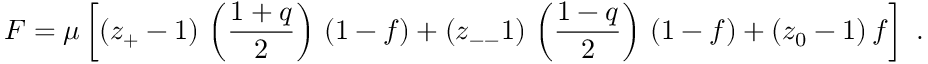
F = \mu \left[ ( z _ { + } - 1 ) \, \left( \frac { 1 + q } { 2 } \right) \, ( 1 - f ) + ( z _ { -- } 1 ) \, \left( \frac { 1 - q } { 2 } \right) \, ( 1 - f ) + ( z _ { 0 } - 1 ) \, f \right] \ .